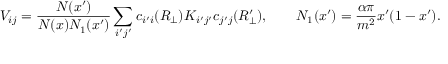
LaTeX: V _ { i j } = { \frac { N ( x ^ { \prime } ) } { N ( x ) N _ { 1 } ( x ^ { \prime } ) } } \sum _ { i ^ { \prime } j ^ { \prime } } c _ { i ^ { \prime } i } ( R _ { \perp } ) K _ { i ^ { \prime } j ^ { \prime } } c _ { j ^ { \prime } j } ( R _ { \perp } ^ { \prime } ) , \qquad N _ { 1 } ( x ^ { \prime } ) = { \frac { \alpha \pi } { m ^ { 2 } } } x ^ { \prime } ( 1 - x ^ { \prime } ) .